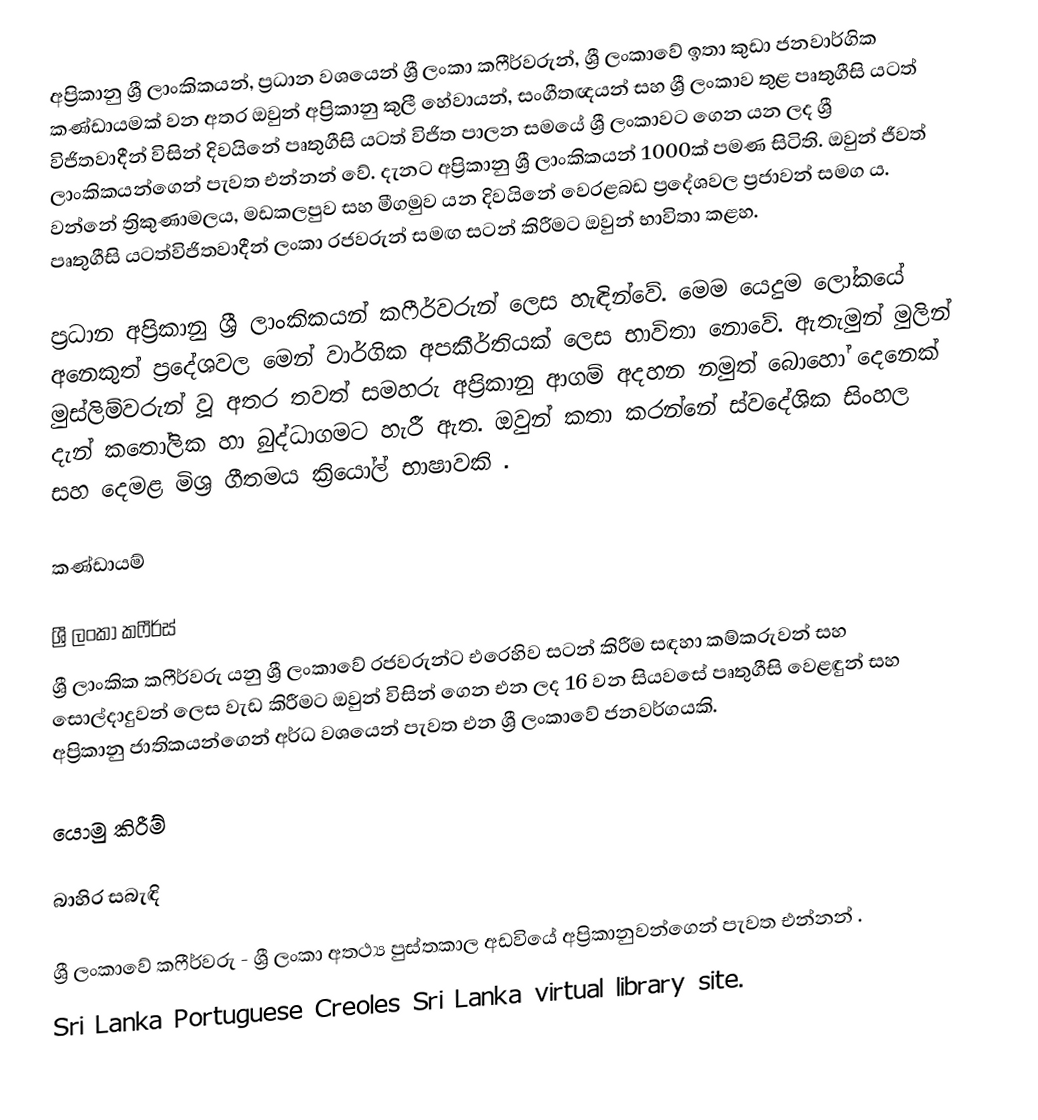
අප්‍රිකානු ශ්‍රී ලාංකිකයන්, ප්‍රධාන වශයෙන් ශ්‍රී ලංකා කෆීර්වරුන්, ශ්‍රී ලංකාවේ ඉතා කුඩා ජනවාර්ගික කණ්ඩායමක් වන අතර ඔවුන් අප්‍රිකානු කුලී හේවායන්, සංගීතඥයන් සහ ශ්‍රී ලංකාව තුළ පෘතුගීසි යටත් විජිතවාදීන් විසින් දිවයිනේ පෘතුගීසි යටත් විජිත පාලන සමයේ ශ්‍රී ලංකාවට ගෙන යන ලද ශ්‍රී ලාංකිකයන්ගෙන් පැවත එන්නන් වේ. දැනට අප්‍රිකානු ශ්‍රී ලාංකිකයන් 1000ක් පමණ සිටිති. ඔවුන් ජීවත් වන්නේ ත්‍රිකුණාමලය, මඩකලපුව සහ මීගමුව යන දිවයිනේ වෙරළබඩ ප්‍රදේශවල ප්‍රජාවන් සමග ය. පෘතුගීසි යටත්විජිතවාදීන් ලංකා රජවරුන් සමඟ සටන් කිරීමට ඔවුන් භාවිතා කළහ.

ප්‍රධාන අප්‍රිකානු ශ්‍රී ලාංකිකයන් කෆීර්වරුන් ලෙස හැඳින්වේ. මෙම යෙදුම ලෝකයේ අනෙකුත් ප්‍රදේශවල මෙන් වාර්ගික අපකීර්තියක් ලෙස භාවිතා නොවේ. ඇතැමුන් මුලින් මුස්ලිම්වරුන් වූ අතර තවත් සමහරු අප්‍රිකානු ආගම් අදහන නමුත් බොහෝ දෙනෙක් දැන් කතෝලික හා බුද්ධාගමට හැරී ඇත. ඔවුන් කතා කරන්නේ ස්වදේශික සිංහල සහ දෙමළ මිශ්‍ර ගීතමය ක්‍රියෝල් භාෂාවකි .

කණ්ඩායම්

ශ්‍රී ලංකා කෆීර්ස්
ශ්‍රී ලාංකික කෆීර්වරු යනු ශ්‍රී ලංකාවේ රජවරුන්ට එරෙහිව සටන් කිරීම සඳහා කම්කරුවන් සහ සොල්දාදුවන් ලෙස වැඩ කිරීමට ඔවුන් විසින් ගෙන එන ලද 16 වන සියවසේ පෘතුගීසි වෙළඳුන් සහ අප්‍රිකානු ජාතිකයන්ගෙන් අර්ධ වශයෙන් පැවත එන ශ්‍රී ලංකාවේ ජනවර්ගයකි.

යොමු කිරීම්

බාහිර සබැඳි

 ශ්‍රී ලංකාවේ කෆීර්වරු - ශ්‍රී ලංකා අතථ්‍ය පුස්තකාල අඩවියේ අප්‍රිකානුවන්ගෙන් පැවත එන්නන් .
 Sri Lanka Portuguese Creoles Sri Lanka virtual library site.